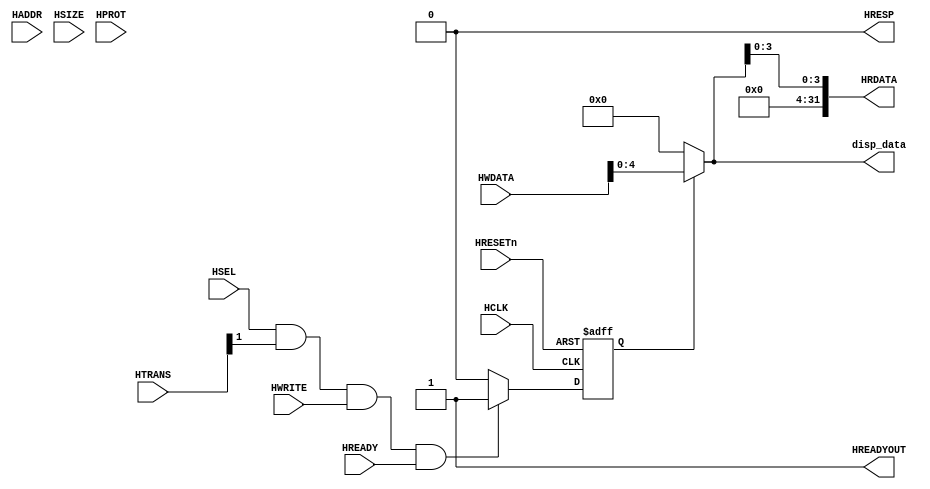
module AHBlite_Segdisp(
    input  wire           HCLK,
    input  wire           HRESETn,
    input  wire           HSEL,
    input  wire   [31:0]  HADDR,
    input  wire    [1:0]  HTRANS,
    input  wire    [2:0]  HSIZE,
    input  wire    [3:0]  HPROT,
    input  wire           HWRITE,
    input  wire   [31:0]  HWDATA,
    input  wire           HREADY,
    output wire           HREADYOUT,
    output wire   [31:0]  HRDATA,
    output wire           HRESP,

    output wire    [4:0]  disp_data
);

assign HRESP = 1'b0;
assign HREADYOUT = 1'b1;

wire write_en;
assign write_en = HSEL & HTRANS[1] & HWRITE & HREADY;

reg wr_en_reg;
always@(posedge HCLK or negedge HRESETn) begin
  if(~HRESETn) wr_en_reg <= 1'b0;
  else if(write_en) wr_en_reg <= 1'b1;
  else wr_en_reg <= 1'b0;
end

assign disp_data = wr_en_reg ? HWDATA[4:0] : 5'd0;
assign HRDATA = {28'd0,disp_data[3:0]};

endmodule